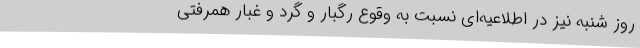
روز شنبه نیز در اطلاعیه‌ای نسبت به وقوع رگبار و گرد و غبار همرفتی